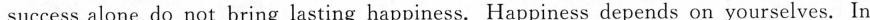
success alone do not bring lasting happiness. Happiness depends on yourselves. In